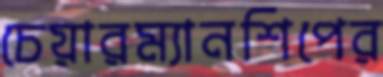
চেয়ারম্যানশিপের